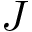
J